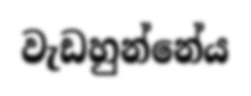
වැඩහුන්නේය